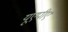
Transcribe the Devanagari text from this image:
यूएपीए